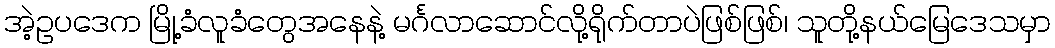
အဲ့ဥပဒေက မြို့ခံလူခံတွေအနေနဲ့ မင်္ဂလာဆောင်လို့ရိုက်တာပဲဖြစ်ဖြစ်၊ သူတို့နယ်မြေဒေသမှာ